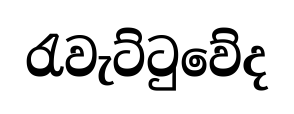
රැවැට්ටුවේද